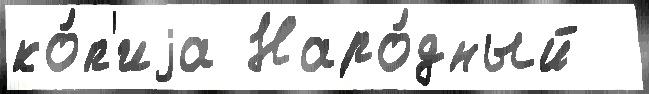
ко́п'иjа Наро́дный